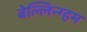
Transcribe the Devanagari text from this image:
बेल्लिन्ग्हम